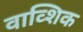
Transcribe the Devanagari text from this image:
वाव्शिक